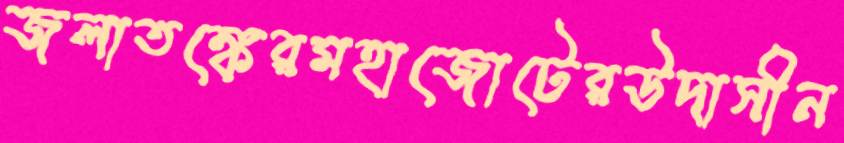
জলাতঙ্কেরমহাজোটেরউদাসীন